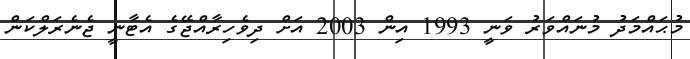
މުޙައްމަދު މުނައްވަރު ވަނީ 1993 އިން 2003 އަށް ދިވެހިރާއްޖޭގެ އެޓާނީ ޖެނެރަލްކަން